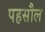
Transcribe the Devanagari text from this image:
पहसौल